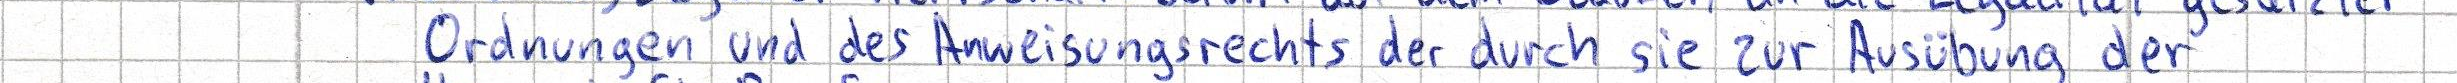
Ordnungen und des Anweisungsrechts der durch sie zur Ausübung der